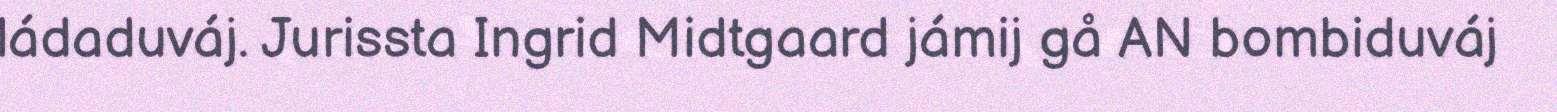
ládaduváj. Jurissta Ingrid Midtgaard jámij gå AN bombiduváj